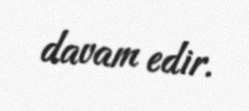
davam edir.